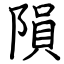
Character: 隕